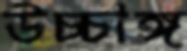
উচ্চাঙ্গ